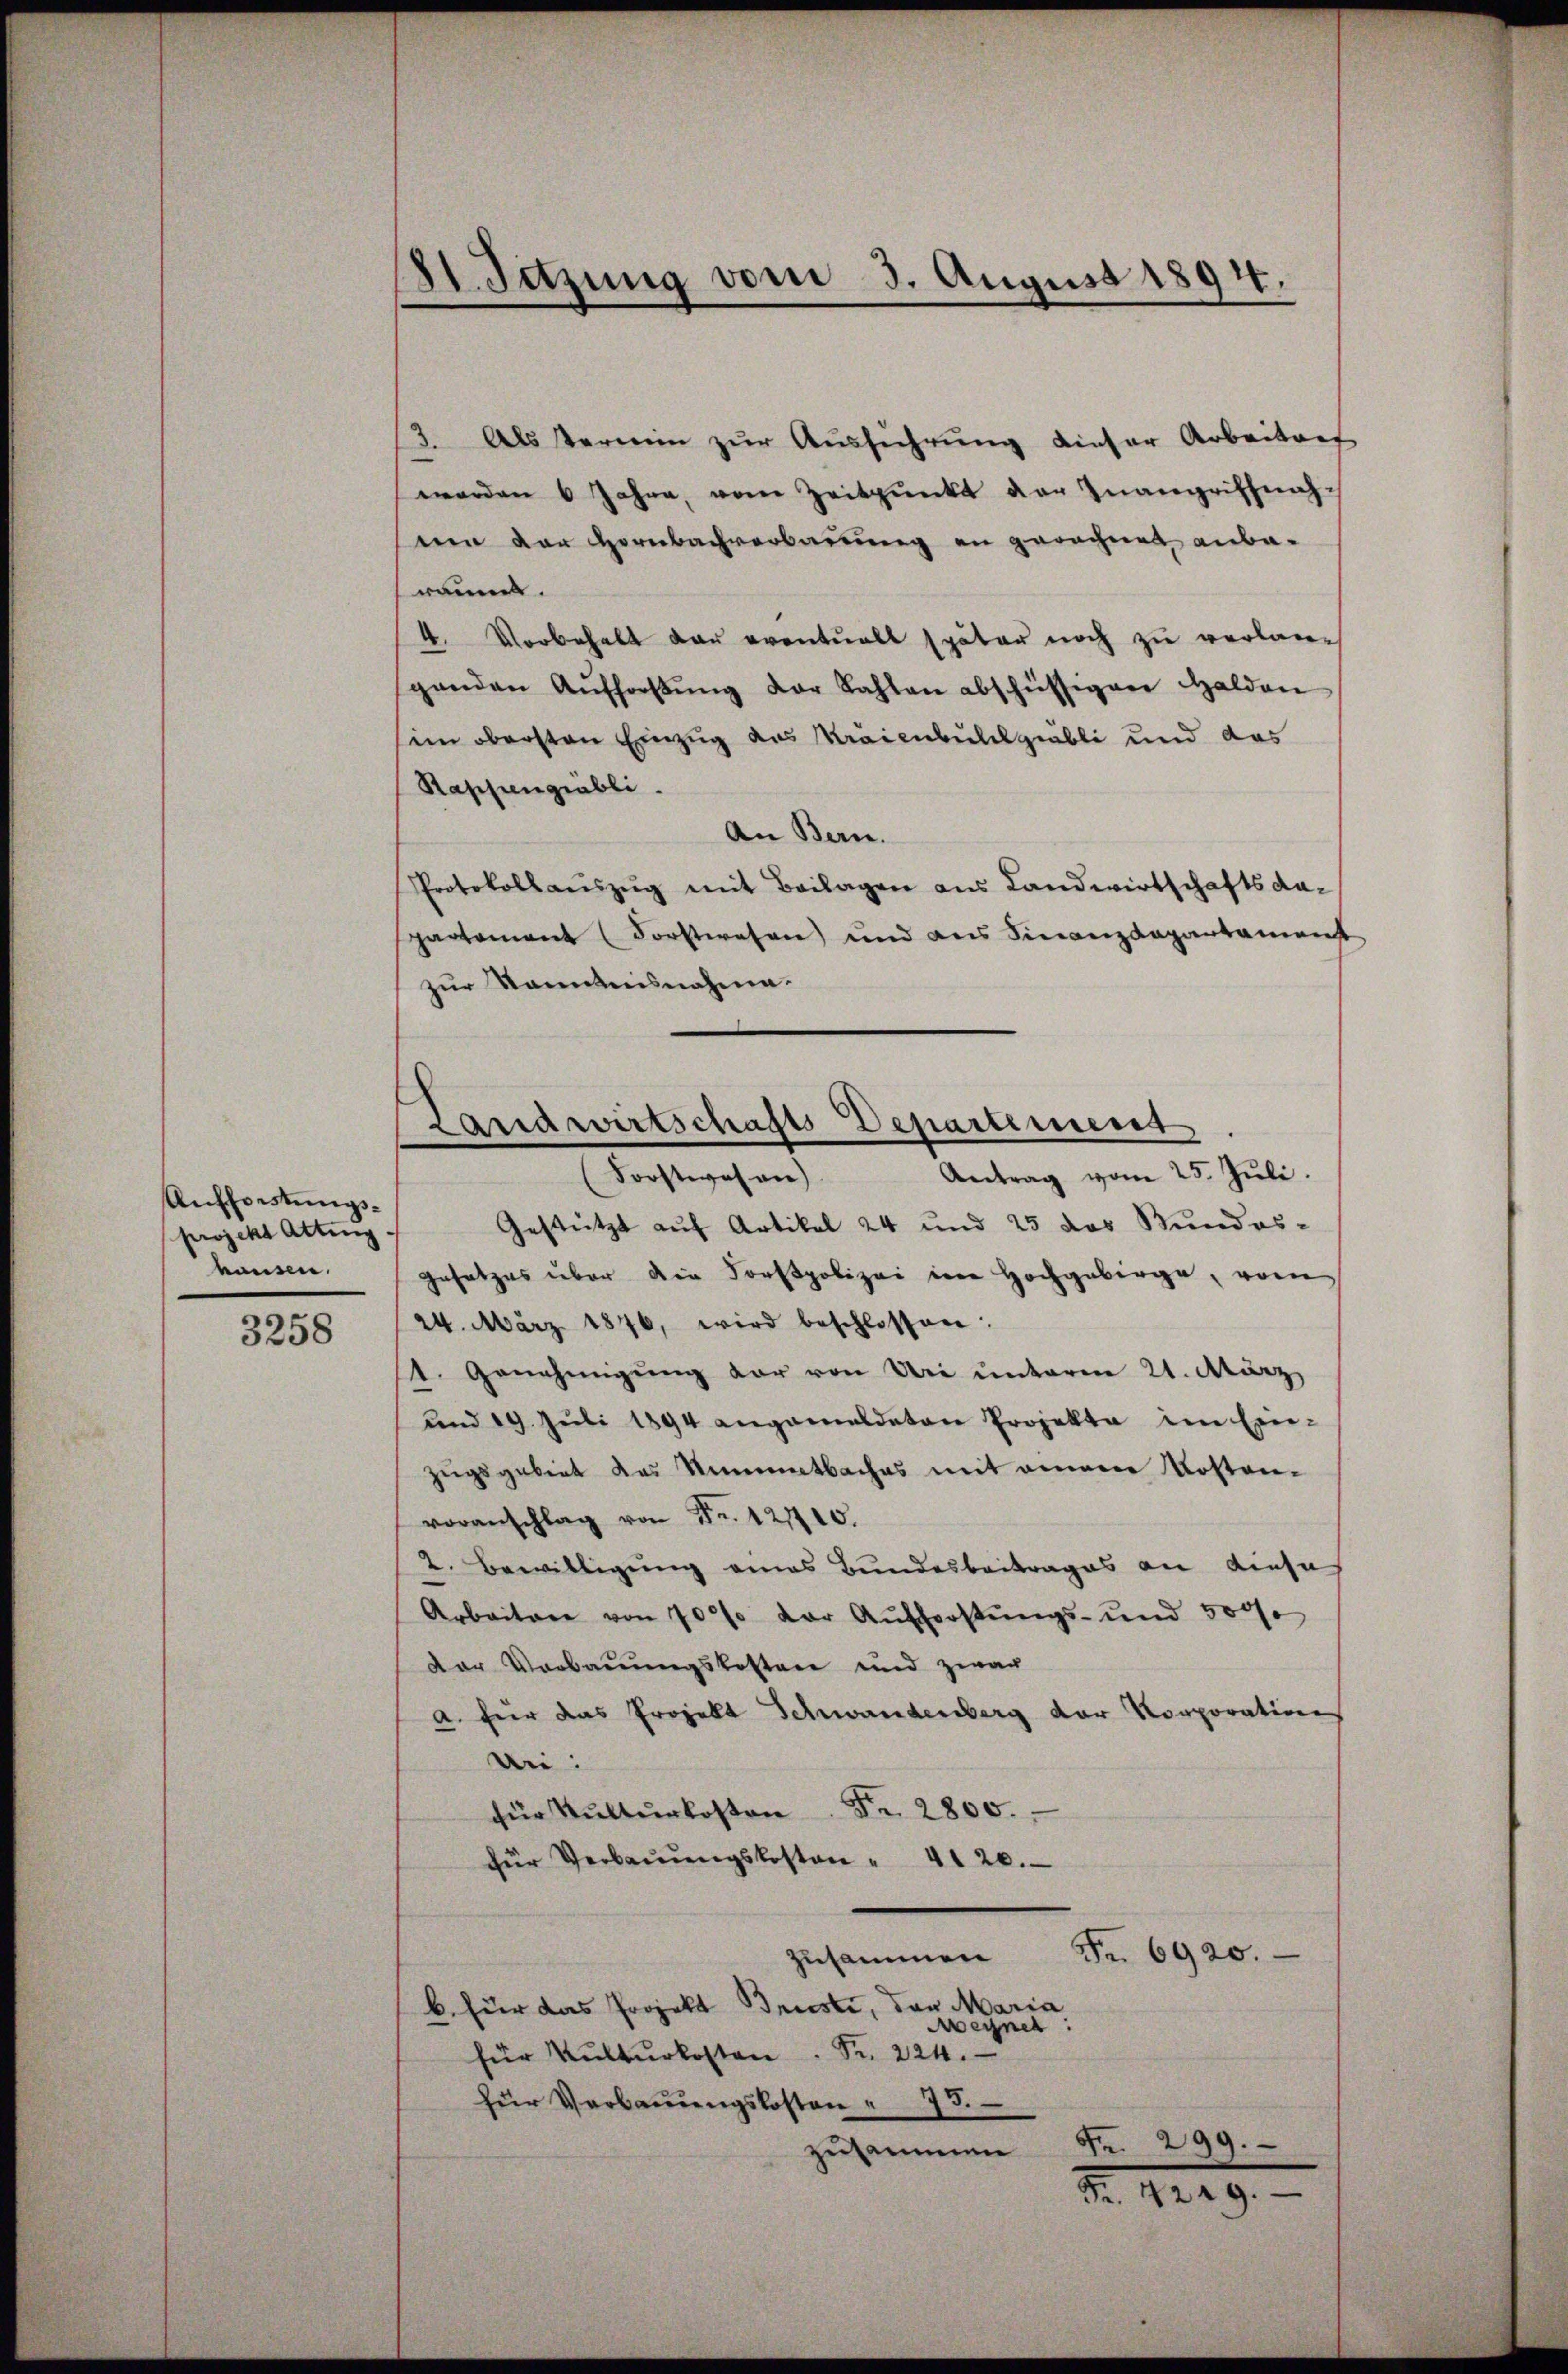
Aufforstungsprojekt Atting
hausen.

3258

I. Setzung vom 3. August 1894.

3. Als Vermin zŭr Aŭsführŭng dieser Arbeitenf
werden 6 Jahre, von Zeitpunkt der Inangriffnah-
um der Hornbachverbauung an gerechnet anberäumt.
4. Vorbehalt dan eventuell später noch zu verlangenden Aŭfforstŭng der Kahlen abschüssigen Halden
sein obersten Einzug des Kraienbuldgiabli und das
Rappengiabli.
An Bern.
Protokoll aŭszŭg mit Beilagen aus Landwirtschafts dapartement (Forstwesen und aus Finanzdepartament
zur Kenntnisnahme.
Gestützt auf Artikel 24 und 25 das Stundes-
Gesetzes über die Forstpolizei im Hochgebirge, vom
24. März 1846, wird beschlossen:
1. Genehmigŭng der von Uri unterm 21. März,
und 19. Juli 1894 angemeldeten Projekte im Ein-
zugsgebiet das Nimmatbaches mit einem Kosten-
voranschlag von Fr. 121110.
2. Bewilligung eines Bundesbeitrages an diese
Arbeitere von 70 % der Aŭfforstŭngs- und 500f
Der Vorbauungskosten und zwar
a. für das Projekt Schwandenberg der Korporation
bei:
für Kulturkosten Fr. 2800.
für Verbaŭŭngskosten " 41 20.
Fr. 6920.
zusammen
b. für das Projekt Brusti, der Maria
wechnet:
für Kulturkosten. Fr. 224.
für Verbaŭŭngskosten u. 73.
zusammen Fr. 299.

Landwirtschafts-Departement
Antrag vom 25. Juli.
Forstwesen)

Nr. 1249.